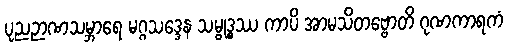
ပုညဉာဏသမ္ဘာရေ မဂ္ဂသဒ္ဒေန သမ္ဗုဒ္ဓဿ ကာပိ အာမသိတဗ္ဗောတိ ဂုဏကာရကံ